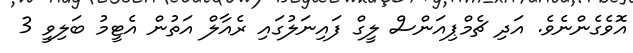
އޮވެގެންނެވެ. އަދި ޗެމްޕިއަންސް ލީގް ފައިނަލުގައި ރެއާލް އަތުން އެޓީމު ބަލިވީ 3